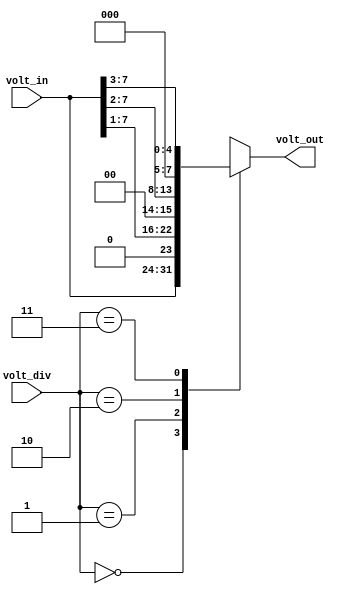
module volt_div(input[7:0] volt_in, input[1:0] volt_div, output reg[7:0] volt_out);
	always @(*) begin
		case (volt_div)
			0: volt_out = volt_in;
			1: volt_out = volt_in >> 1;
			2: volt_out = volt_in >> 2;
			3: volt_out = volt_in >> 3;
		endcase
	end
endmodule